Senior Leaving Certificate Examination (including Day School Certificate (Higher) General paper), 1948
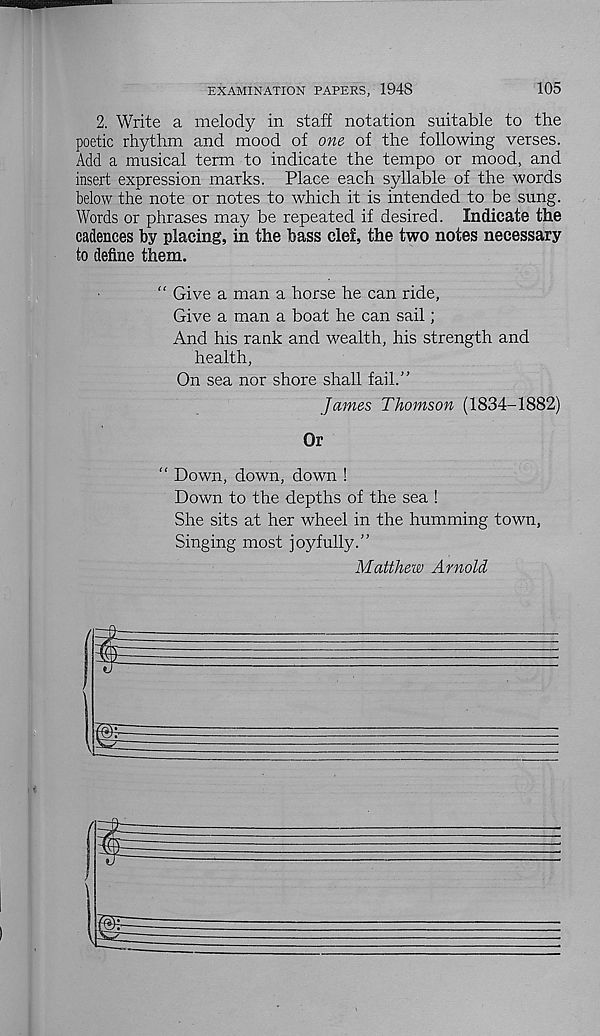
EXAMINATION PAPERS, 1948
105
2. Write a melody in staff notation suitable to the
poetic rhythm and mood of one of the following verses.
Add a musical term to indicate the tempo or mood, and
insert expression marks. Place each syllable of the words
below the note or notes to which it is intended to be sung.
Words or phrases may be repeated if desired. Indicate the
cadences by placing, in the bass clef, the two notes necessary
to define them.
“ Give a man a horse he can ride,
Give a man a boat he can sail;
And his rank and wealth, his strength and
health,
On sea nor shore shall fail.”
James Thomson (1834-1882)
Or
" Down, down, down !
Down to the depths of the sea !
She sits at her wheel in the humming town,
Singing most joyfully.”
Matthew Arnold